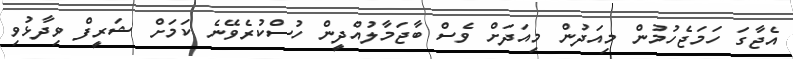
އެޖާގަ ހަމަޖެހުމުން މިއަދުން މިއަދަށް ވެސް ބާޖަމާލުއްދީން ހުސްކުރެވޭނެ ކަމަށް ޝަރީފް ވިދާޅުވި